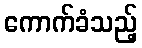
ကောက်ခံသည့်